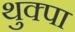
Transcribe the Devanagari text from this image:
थुक्पा